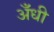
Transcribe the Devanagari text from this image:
अँधी